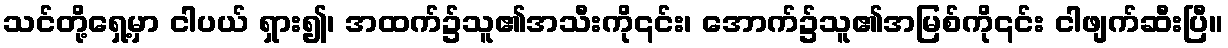
သင်တို့ရှေ့မှာ ငါပယ် ရှား၍၊ အထက်၌သူ၏အသီးကို၎င်း၊ အောက်၌သူ၏အမြစ်ကို၎င်း ငါဖျက်ဆီးပြီ။